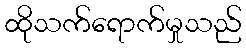
ထိုသက်ရောက်မှုသည်